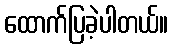
ထောက်ပြခဲ့ပါတယ်။